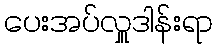
ပေးအပ်လှူဒါန်းရာ